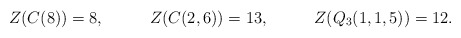
\begin{align*} Z(C(8))&=8,& Z(C(2,6))&= 13,& Z(Q_3(1,1,5))&= 12. \end{align*}